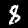
Label: 8